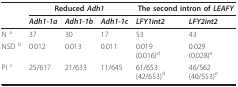
|  | <COLSPAN=3> Reduced Adh1 | <COLSPAN=2> The second intron of LEAFY |
 |  | Adh1-1a | Adh1-1b | Adh1-1c | LFY1int2 | LFY2int2 |
 | --- | --- | --- | --- | --- | --- |
 | N a | 37 | 30 | 17 | 53 | 43 |
 | NSD b | 0.012 | 0.013 | 0.011 | 0.019 (0.016)d | 0.029 (0.028)e |
 | PI c | 25/617 | 21/633 | 11/645 | 61/653 (42/653)d | 46/562 (40/553)e |